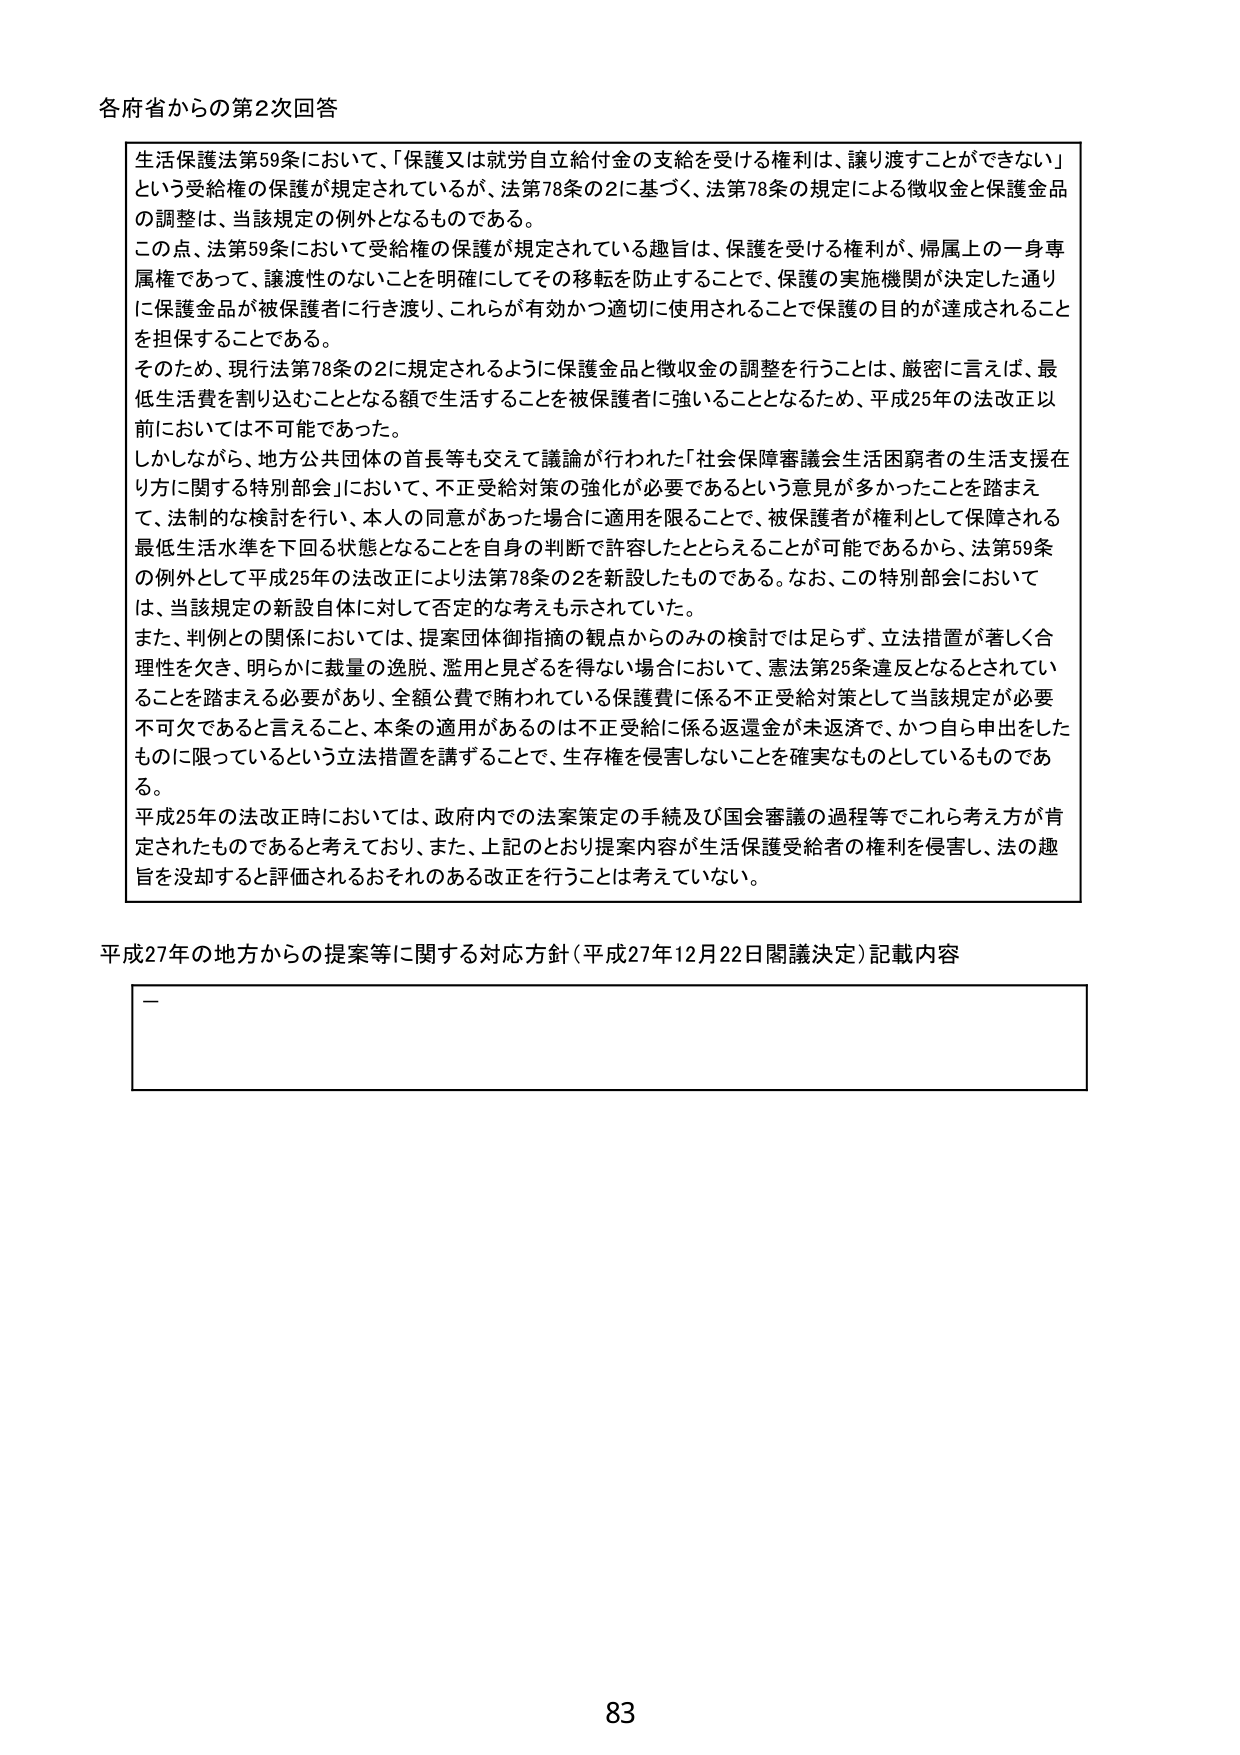
各府省からの第2次回答

生活保護法第59条において、「保護又は就労自立給付金の支給を受ける権利は、譲り渡すことができない」という受給権の保護が規定されているが、法第78条の2に基づく、法第78条の規定による徴収金と保護金品の調整は、当該規定の例外となるものである。

この点、法第59条において受給権の保護が規定されている趣旨は、保護を受ける権利が、帰属上の一身専属権であって、譲渡性のないことを明確にしてその移転を防止することで、保護の実施機関が決定した通りに保護金品が被保護者に行き渡り、これらが有効かつ適切に使用されることで保護の目的が達成されることを担保することである。

そのため、現行法第78条の2に規定されるように保護金品と徴収金の調整を行うことは、厳密に言えば、最低生活費を割り込むこととなる額で生活することを被保護者に強いることとなるため、平成25年の法改正以前においては不可能であった。

しかしながら、地方公共団体の首長等も交えて議論が行われた「社会保障審議会生活困窮者の生活支援在り方に関する特別部会」において、不正受給対策の強化が必要であるという意見が多かったことを踏まえて、法制的な検討を行い、本人の同意があった場合に適用を限ることで、被保護者が権利として保障される最低生活水準を下回る状態となることを自身の判断で許容したととらえることが可能であるから、法第59条の例外として平成25年の法改正により法第78条の2を新設したものである。なお、この特別部会においては、当該規定の新設自体に対して否定的な考えも示されていた。

また、判例との関係においては、提案団体御指摘の観点からのみの検討では足らず、立法措置が著しく合理性を欠き、明らかに裁量の逸脱、濫用と見ざるを得ない場合において、憲法第25条違反となるとされていることを踏まえる必要があり、全額公費で賄われている保護費に係る不正受給対策として当該規定が必要不可欠であると言えること、本条の適用があるのは不正受給に係る返還金が未返済で、かつ自ら申出をしたものに限っているという立法措置を講ずることで、生存権を侵害しないことを確実なものとしているものである。

平成25年の法改正時においては、政府内での法案策定の手続及び国会審議の過程等でこれら考え方が肯定されたものであると考えており、また、上記のとおり提案内容が生活保護受給者の権利を侵害し、法の趣旨を没却すると評価されるおそれのある改正を行うことは考えていない。

平成27年の地方からの提案等に関する対応方針（平成27年12月22日閣議決定）記載内容

—

83